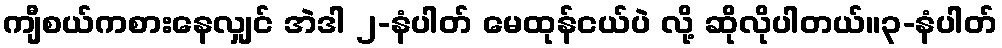
ကျီစယ်ကစားနေလျှင် အဲဒါ ၂-နံပါတ် မေထုန်ငယ်ပဲ လို့ ဆိုလိုပါတယ်။၃-နံပါတ်